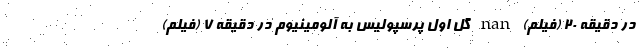
در دقیقه ۲۰ (فیلم) nan گل اول پرسپولیس به آلومینیوم در دقیقه ۷ (فیلم)